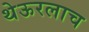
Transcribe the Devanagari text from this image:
थेऊरलाच